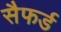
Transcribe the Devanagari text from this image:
सैफर्ड